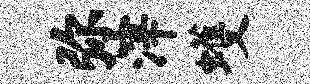
弥滓蠖